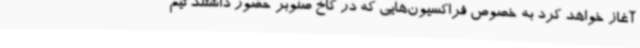
آغاز خواهد کرد به خصوص فراکسیون‌هایی که در کاخ صنوبر حضور داشتند تیم